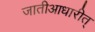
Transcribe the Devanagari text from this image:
जातीआधारीत्